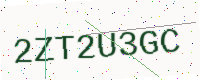
Text: 2ZT2U3GC